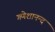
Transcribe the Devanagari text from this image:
गणेशानन्द